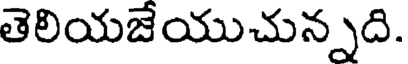
తెలియజేయుచున్నది.